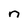
Character: n